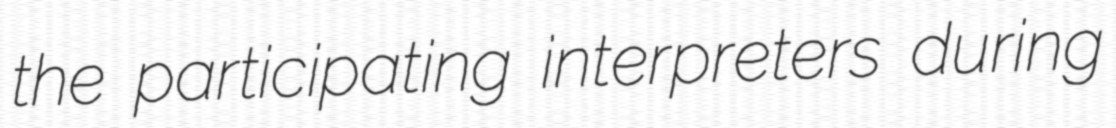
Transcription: the participating interpreters during